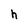
Character: h